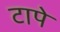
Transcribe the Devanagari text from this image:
टापे